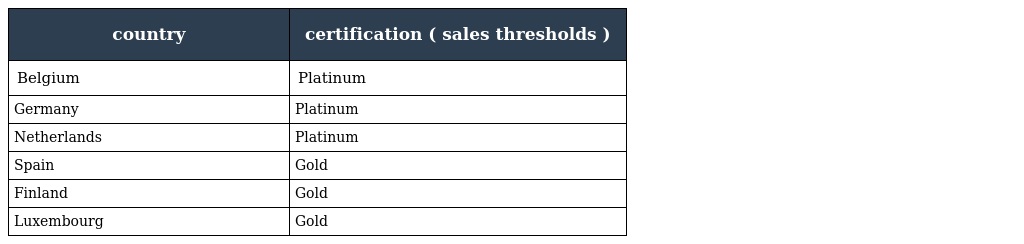
| country | certification ( sales thresholds ) |
 | --- | --- |
 | Belgium | Platinum |
 | Germany | Platinum |
 | Netherlands | Platinum |
 | Spain | Gold |
 | Finland | Gold |
 | Luxembourg | Gold |